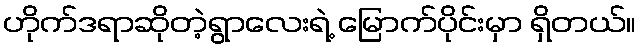
ဟိုက်ဒရာဆိုတဲ့ရွာလေးရဲ့ မြောက်ပိုင်းမှာ ရှိတယ်။